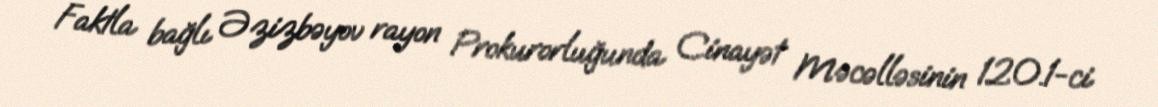
Faktla bağlı Əzizbəyov rayon Prokurorluğunda Cinayət Məcəlləsinin 120.1-ci